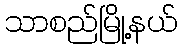
သာစည်မြို့နယ်